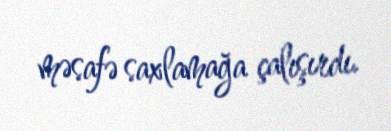
məsafə saxlamağa çalışırdı.